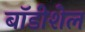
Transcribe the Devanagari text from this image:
बॉडीशेल